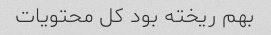
بهم ریخته بود کل محتویات